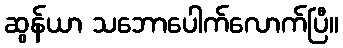
ဆွန်ယာ သဘောပေါက်လောက်ပြီ။